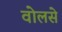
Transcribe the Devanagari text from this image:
वोलसे